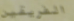
الفريقين